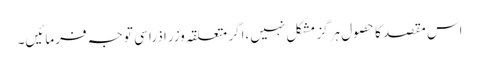
اس مقصد کا حصول ہرگز مشکل نہیں،اگر متعلقہ وزرا ذرا سی توجہ فرمائیں۔